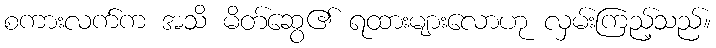
စကားလက်က အသိ မိတ်ဆွေ၏ ရထားများလောဟု လှမ်းကြည့်သည်။